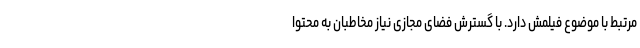
مرتبط با موضوع فیلمش دارد. با گسترش فضای مجازی نیاز مخاطبان به محتوا